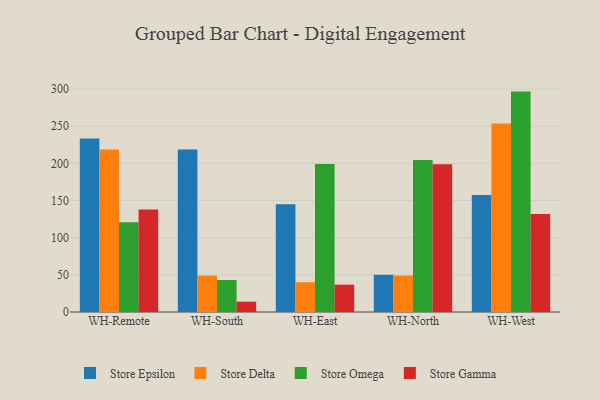
{"axis": {"x": "Warehouse", "y": "Energy Usage (MWh)"}, "legend": ["Store Delta", "Store Epsilon", "Store Gamma", "Store Omega"], "data": [{"x": "WH-Remote", "y": 233.5, "type": "Store Epsilon"}, {"x": "WH-Remote", "y": 218.8, "type": "Store Delta"}, {"x": "WH-Remote", "y": 120.8, "type": "Store Omega"}, {"x": "WH-Remote", "y": 138.1, "type": "Store Gamma"}, {"x": "WH-South", "y": 218.6, "type": "Store Epsilon"}, {"x": "WH-South", "y": 48.9, "type": "Store Delta"}, {"x": "WH-South", "y": 43.0, "type": "Store Omega"}, {"x": "WH-South", "y": 13.9, "type": "Store Gamma"}, {"x": "WH-East", "y": 145.0, "type": "Store Epsilon"}, {"x": "WH-East", "y": 40.1, "type": "Store Delta"}, {"x": "WH-East", "y": 199.2, "type": "Store Omega"}, {"x": "WH-East", "y": 36.8, "type": "Store Gamma"}, {"x": "WH-North", "y": 50.1, "type": "Store Epsilon"}, {"x": "WH-North", "y": 49.0, "type": "Store Delta"}, {"x": "WH-North", "y": 204.6, "type": "Store Omega"}, {"x": "WH-North", "y": 198.7, "type": "Store Gamma"}, {"x": "WH-West", "y": 157.4, "type": "Store Epsilon"}, {"x": "WH-West", "y": 253.6, "type": "Store Delta"}, {"x": "WH-West", "y": 296.6, "type": "Store Omega"}, {"x": "WH-West", "y": 132.0, "type": "Store Gamma"}]}